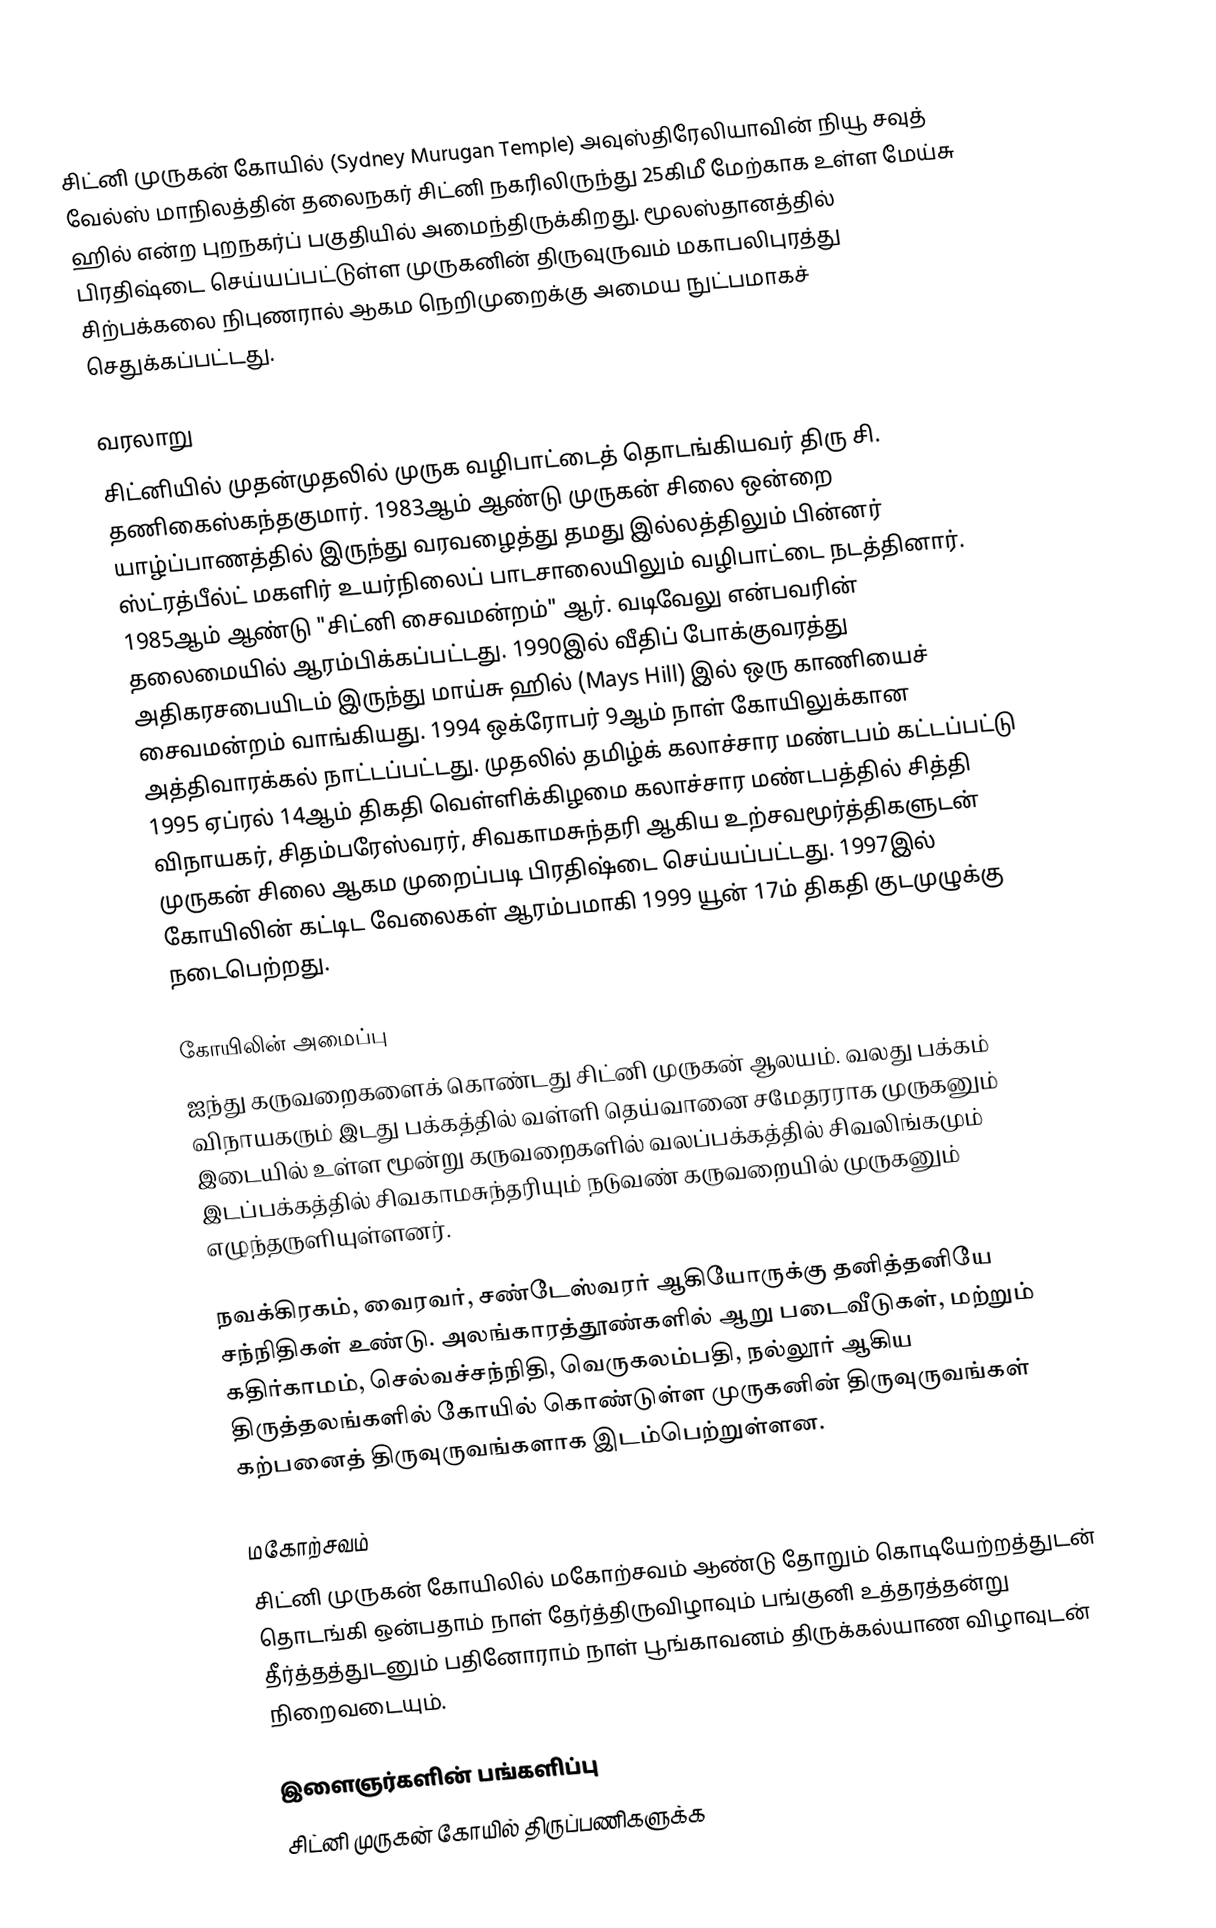
சிட்னி முருகன் கோயில் (Sydney Murugan Temple) அவுஸ்திரேலியாவின் நியூ சவுத் வேல்ஸ் மாநிலத்தின் தலைநகர் சிட்னி நகரிலிருந்து 25கிமீ மேற்காக உள்ள மேய்சு ஹில் என்ற புறநகர்ப் பகுதியில் அமைந்திருக்கிறது. மூலஸ்தானத்தில் பிரதிஷ்டை செய்யப்பட்டுள்ள முருகனின் திருவுருவம் மகாபலிபுரத்து சிற்பக்கலை நிபுணரால் ஆகம நெறிமுறைக்கு அமைய நுட்பமாகச் செதுக்கப்பட்டது.

வரலாறு
சிட்னியில் முதன்முதலில் முருக வழிபாட்டைத் தொடங்கியவர் திரு சி. தணிகைஸ்கந்தகுமார். 1983ஆம் ஆண்டு முருகன் சிலை ஒன்றை யாழ்ப்பாணத்தில் இருந்து வரவழைத்து தமது இல்லத்திலும் பின்னர் ஸ்ட்ரத்பீல்ட் மகளிர் உயர்நிலைப் பாடசாலையிலும் வழிபாட்டை நடத்தினார். 1985ஆம் ஆண்டு "சிட்னி சைவமன்றம்" ஆர். வடிவேலு என்பவரின் தலைமையில் ஆரம்பிக்கப்பட்டது. 1990இல் வீதிப் போக்குவரத்து அதிகரசபையிடம் இருந்து மாய்சு ஹில் (Mays Hill) இல் ஒரு காணியைச் சைவமன்றம் வாங்கியது. 1994 ஒக்ரோபர் 9ஆம் நாள் கோயிலுக்கான அத்திவாரக்கல் நாட்டப்பட்டது. முதலில் தமிழ்க் கலாச்சார மண்டபம் கட்டப்பட்டு 1995 ஏப்ரல் 14ஆம் திகதி வெள்ளிக்கிழமை கலாச்சார மண்டபத்தில் சித்தி விநாயகர், சிதம்பரேஸ்வரர், சிவகாமசுந்தரி ஆகிய உற்சவமூர்த்திகளுடன் முருகன் சிலை ஆகம முறைப்படி பிரதிஷ்டை செய்யப்பட்டது. 1997இல் கோயிலின் கட்டிட வேலைகள் ஆரம்பமாகி 1999 யூன் 17ம் திகதி குடமுழுக்கு நடைபெற்றது.

கோயிலின் அமைப்பு
ஐந்து கருவறைகளைக் கொண்டது சிட்னி முருகன் ஆலயம். வலது பக்கம் விநாயகரும் இடது பக்கத்தில் வள்ளி தெய்வானை சமேதரராக முருகனும் இடையில் உள்ள மூன்று கருவறைகளில் வலப்பக்கத்தில் சிவலிங்கமும் இடப்பக்கத்தில் சிவகாமசுந்தரியும் நடுவண் கருவறையில் முருகனும் எழுந்தருளியுள்ளனர்.

நவக்கிரகம், வைரவர், சண்டேஸ்வரர் ஆகியோருக்கு தனித்தனியே சந்நிதிகள் உண்டு. அலங்காரத்தூண்களில் ஆறு படைவீடுகள், மற்றும் கதிர்காமம், செல்வச்சந்நிதி, வெருகலம்பதி, நல்லூர் ஆகிய திருத்தலங்களில் கோயில் கொண்டுள்ள முருகனின் திருவுருவங்கள் கற்பனைத் திருவுருவங்களாக இடம்பெற்றுள்ளன.

மகோற்சவம்
சிட்னி முருகன் கோயிலில் மகோற்சவம் ஆண்டு தோறும் கொடியேற்றத்துடன் தொடங்கி ஒன்பதாம் நாள் தேர்த்திருவிழாவும் பங்குனி உத்தரத்தன்று தீர்த்தத்துடனும் பதினோராம் நாள் பூங்காவனம் திருக்கல்யாண விழாவுடன் நிறைவடையும்.

இளைஞர்களின் பங்களிப்பு
சிட்னி முருகன் கோயில் திருப்பணிகளுக்க